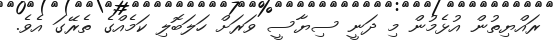
ރައްޔިތުން އުޅެމުން މި ދަނީ ސިޔާސީ ވަރަށް ހަލަބޮލި ކަމެއްގެ ތެރޭގަ އެވެ.